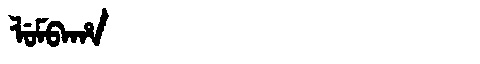
Manchu: ᠯᡠᠮᠪᠠᡥᠠ
Romanization: LUMBAHA